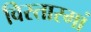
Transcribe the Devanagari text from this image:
विस्तारमां